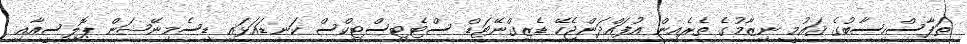
ތަފާސްހިސާބުގެ ޤައުމީ ނިޒާމުގެ ތެރެއިން އުފައްދަންޖެހޭ ޑެޒިގްނޭޓަޑް ސްޓެޓިސްޓިކްސް ކަނޑައަޅައި ޑިސެމިނޭޝަން ޕޮލިސީއާއި